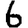
Digit: 6